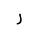
Letter: _ra